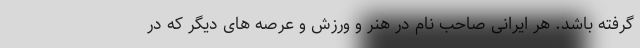
گرفته باشد. هر ایرانی صاحب نام در هنر و ورزش و عرصه های دیگر که در